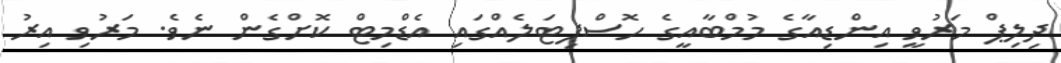
ދިލިޕް މަރުވީ އިންޑިއާގެ މުމްބާއީގެ ހޮސްޕިޓަލެއްގައި އެޑްމިޓް ކޮށްގެން ނެވެ. މަރުވި އިރު